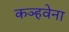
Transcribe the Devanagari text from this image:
कञ्हवेना